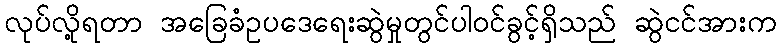
လုပ်လို့ရတာ အခြေခံဥပဒေရေးဆွဲမှုတွင်ပါဝင်ခွင့်ရှိသည် ဆွဲငင်အားက